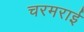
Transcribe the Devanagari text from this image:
चरमराई